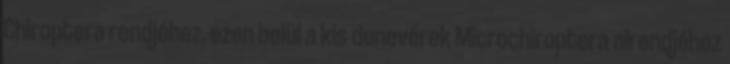
Chiroptera rendjéhez, ezen belül a kis denevérek Microchiroptera alrendjéhez